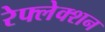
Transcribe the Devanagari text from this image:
रेफ्लेक्शन